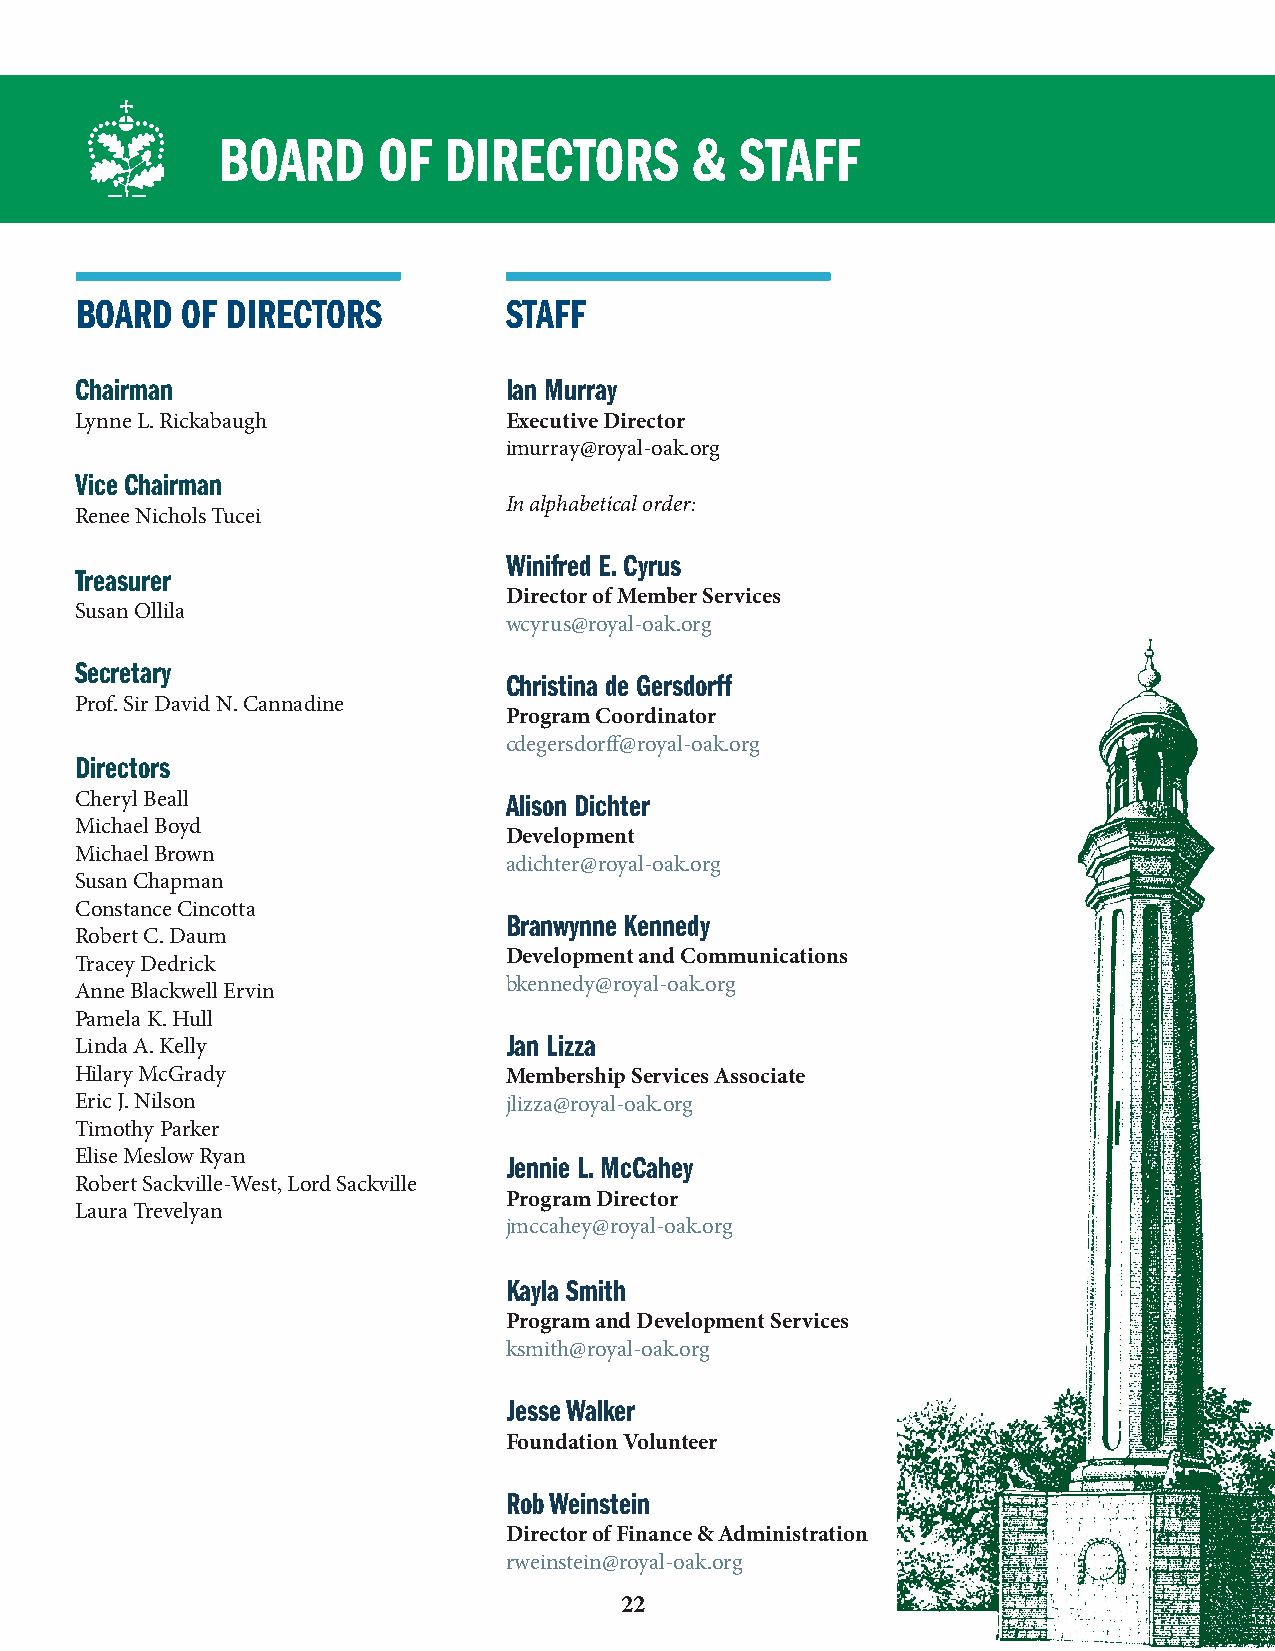
BOARD      OF  DIRECTORS        &  STAFF
 BOARD  OF DIRECTORS         STAFF
 Chairman                    Ian Murray
 Lynne L. Rickabaugh         Executive Director
 imurray@royal-oak.org
 Vice Chairman
 In alphabetical order:
 Renee Nichols Tucei
 Winifred E. Cyrus
 Treasurer
 Director of Member Services
 Susan Ollila
 wcyrus@royal-oak.org
 Secretary
 Christina de Gersdorff
 Prof. Sir David N. Cannadine
 Program Coordinator
 cdegersdorff@royal-oak.org
 Directors
 Cheryl Beall                Alison Dichter
 Michael Boyd
 Development
 Michael Brown
 adichter@royal-oak.org
 Susan Chapman
 Constance Cincotta
 Branwynne Kennedy
 Robert C. Daum
 Development and Communications
 Tracey Dedrick
 bkennedy@royal-oak.org
 Anne Blackwell Ervin
 Pamela K. Hull
 Jan Lizza
 Linda A. Kelly
 Hilary McGrady              Membership Services Associate
 Eric J. Nilson              jlizza@royal-oak.org
 Timothy Parker
 Elise Meslow Ryan           Jennie L. McCahey
 Robert Sackville-West, Lord Sackville
 Program Director
 Laura Trevelyan
 jmccahey@royal-oak.org
 Kayla Smith
 Program and Development Services
 ksmith@royal-oak.org
 Jesse Walker
 Foundation Volunteer
 Rob Weinstein
 Director of Finance & Administration
 rweinstein@royal-oak.org
 22